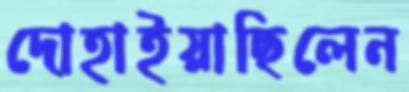
দোহাইয়াছিলেন